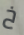
خ